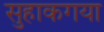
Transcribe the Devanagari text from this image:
सुहाकगया